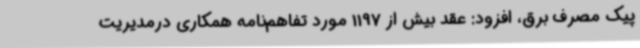
پیک مصرف برق، افزود: عقد بیش از 1197 مورد تفاهم‌نامه همکاری درمدیریت